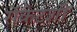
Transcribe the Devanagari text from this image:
रॉकेटशी